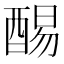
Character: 𲆰